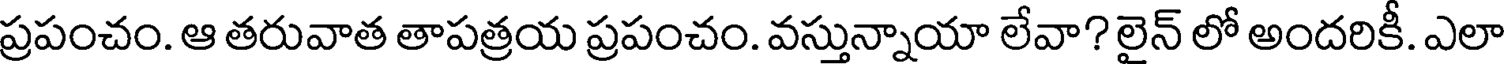
ప్రపంచం. ఆ తరువాత తాపత్రయ ప్రపంచం. వస్తున్నాయా లేవా? లైన్ లో అందరికీ. ఎలా